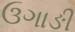
ઉગાઙી